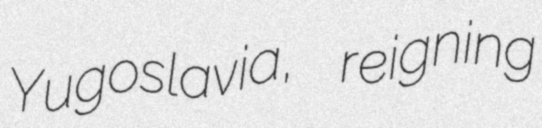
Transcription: Yugoslavia, reigning